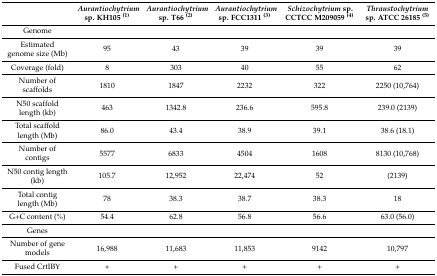
<table><thead><tr><td></td><td><b><i>Aurantiochytrium</i> sp. KH105 <sup>(1)</sup></b></td><td><b><i>Aurantiochytrium</i> sp. T66 <sup>(2)</sup></b></td><td><b><i>Aurantiochytrium</i> sp. FCC1311 <sup>(3)</sup></b></td><td><b><i>Schizochytrium</i> sp. CCTCC M209059 <sup>(4)</sup></b></td><td><b><i>Thraustochytrium</i> sp. ATCC 26185 <sup>(5)</sup></b></td></tr></thead><tbody><tr><td>Genome</td><td></td><td></td><td></td><td></td><td></td></tr><tr><td>Estimated genome size (Mb)</td><td>95</td><td>43</td><td>39</td><td>39</td><td>39</td></tr><tr><td>Coverage (fold)</td><td>8</td><td>303</td><td> 40</td><td>55</td><td>62</td></tr><tr><td>Number of scaffolds</td><td>1810</td><td>1847</td><td>2232</td><td>322</td><td>2250 (10,764)</td></tr><tr><td>N50 scaffold length (kb)</td><td>463</td><td>1342.8</td><td>236.6</td><td>595.8</td><td>239.0 (2139)</td></tr><tr><td>Total scaffold length (Mb)</td><td>86.0</td><td>43.4</td><td>38.9</td><td>39.1</td><td>38.6 (18.1)</td></tr><tr><td>Number of contigs</td><td>5577</td><td>6833</td><td>4504</td><td>1608</td><td>8130 (10,768)</td></tr><tr><td>N50 contig length (kb)</td><td>105.7</td><td>12,952</td><td>22,474</td><td>52</td><td>(2139)</td></tr><tr><td>Total contig length (Mb)</td><td>78</td><td>38.3</td><td>38.7</td><td>38.3</td><td>18</td></tr><tr><td>G+C content (%)</td><td>54.4</td><td>62.8</td><td>56.8</td><td>56.6</td><td>63.0 (56.0)</td></tr><tr><td>Genes</td><td></td><td></td><td></td><td></td><td></td></tr><tr><td>Number of gene models</td><td>16,988</td><td>11,683</td><td>11,853</td><td>9142</td><td>10,797</td></tr><tr><td>Fused CrtIBY</td><td>+</td><td>+</td><td>+</td><td>+</td><td>+</td></tr></tbody></table>